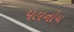
પલનોય